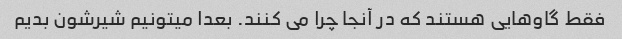
فقط گاوهایی هستند که در آنجا چرا می کنند. بعدا میتونیم شیرشون بدیم